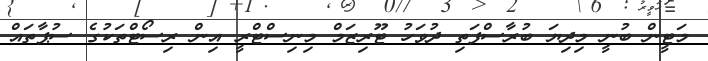
މަޓީން ބުނީ މިދިޔަ ބުރާސްފަތި ދުވަހު ޓޫރިޒަމް މިނިސްޓްރީ އިން ރިސޯޓްތަކުގެ ސުޕާތައް